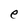
Character: e